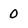
Character: 0